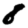
Digit: 8